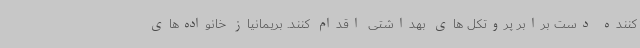
کننده دست برابر پروتکل های بهداشتی اقدام کنند. بریمانیاز خانواده‌های